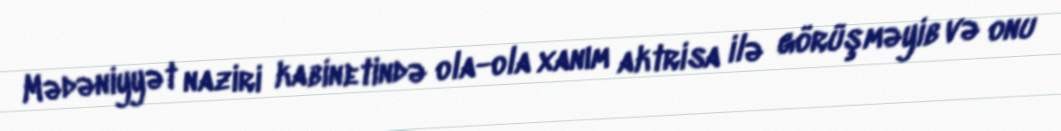
Mədəniyyət naziri kabinetində ola-ola xanım aktrisa ilə görüşməyib və onu